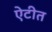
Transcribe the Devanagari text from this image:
ऐटीत